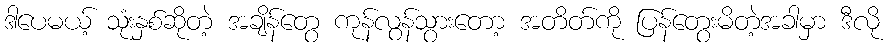
ဒါပေမယ့် သုံးနှစ်ဆိုတဲ့ အချိန်တွေ ကုန်လွန်သွားတော့ အတိတ်ကို ပြန်တွေးမိတဲ့အခါမှာ ဒီလို